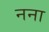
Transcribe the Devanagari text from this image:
नना